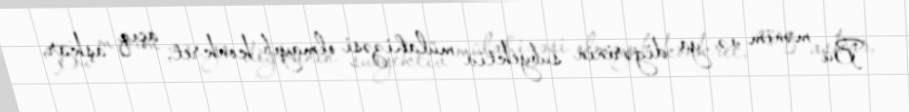
Bu mənim və ya digərinin subyektiv mülahizəsi olmayıb, konkret, açıq aşkar,